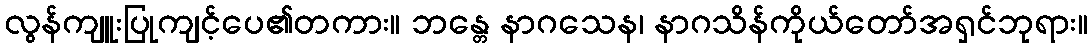
လွန်ကျူးပြုကျင့်ပေ၏တကား။ ဘန္တေ နာဂသေန၊ နာဂသိန်ကိုယ်တော်အရှင်ဘုရား။